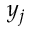
y _ { j }